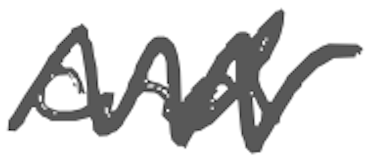
Text: and
Cross-out: zig-zag
Writing tool: digital_gray